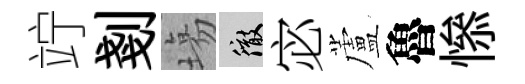
竚剗塲徹宓蘆魯𢡖